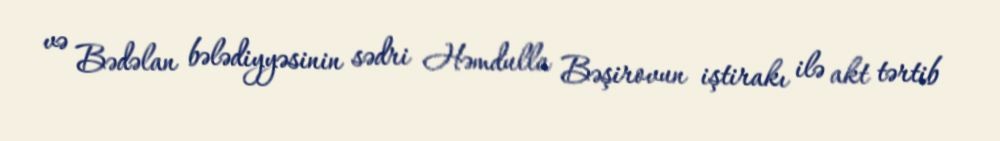
və Bədəlan bələdiyyəsinin sədri Həmdulla Bəşirovun iştirakı ilə akt tərtib